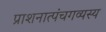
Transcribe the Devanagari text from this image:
प्राशनात्पंचगव्यस्य